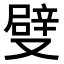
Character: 𠮃